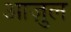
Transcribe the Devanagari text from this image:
आज़ुल